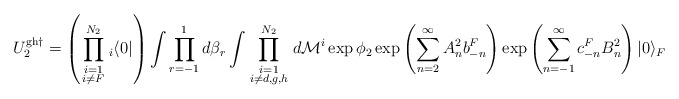
\begin{align*}U^{{\rm gh}\dagger }_2 = \left( \prod_{\scriptstyle i=1\atop \scriptstyle i\neq F}^{N_2}{ }_i\langle 0|\right) \int \prod_{r=-1}^1d\beta _r\int \prod_{\scriptstyle i=1\atop \scriptstyle i\neq d,g,h}^{N_2}d{\cal M}^i \exp {\phi _2}\exp \left( \sum_{n=2}^\infty A_n^2b_{-n}^F\right) \exp \left( \sum_{n=-1}^\infty c_{-n}^FB_n^2\right) |0\rangle _F\end{align*}